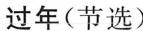
过年(节选)